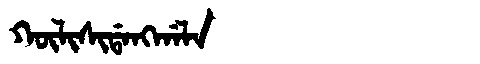
Manchu: ᡴᡡᠯᡳᠰᡳᡩᠠᠩᡤᠠᠯᠠ
Romanization: KŪLISIDANGGALA